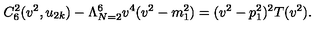
C _ { 6 } ^ { 2 } ( v ^ { 2 } , u _ { 2 k } ) - \Lambda _ { N = 2 } ^ { 6 } v ^ { 4 } ( v ^ { 2 } - m _ { 1 } ^ { 2 } ) = ( v ^ { 2 } - p _ { 1 } ^ { 2 } ) ^ { 2 } T ( v ^ { 2 } ) .